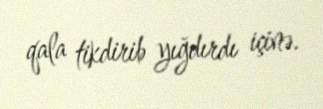
qala tikdirib yığdırdı içinə.